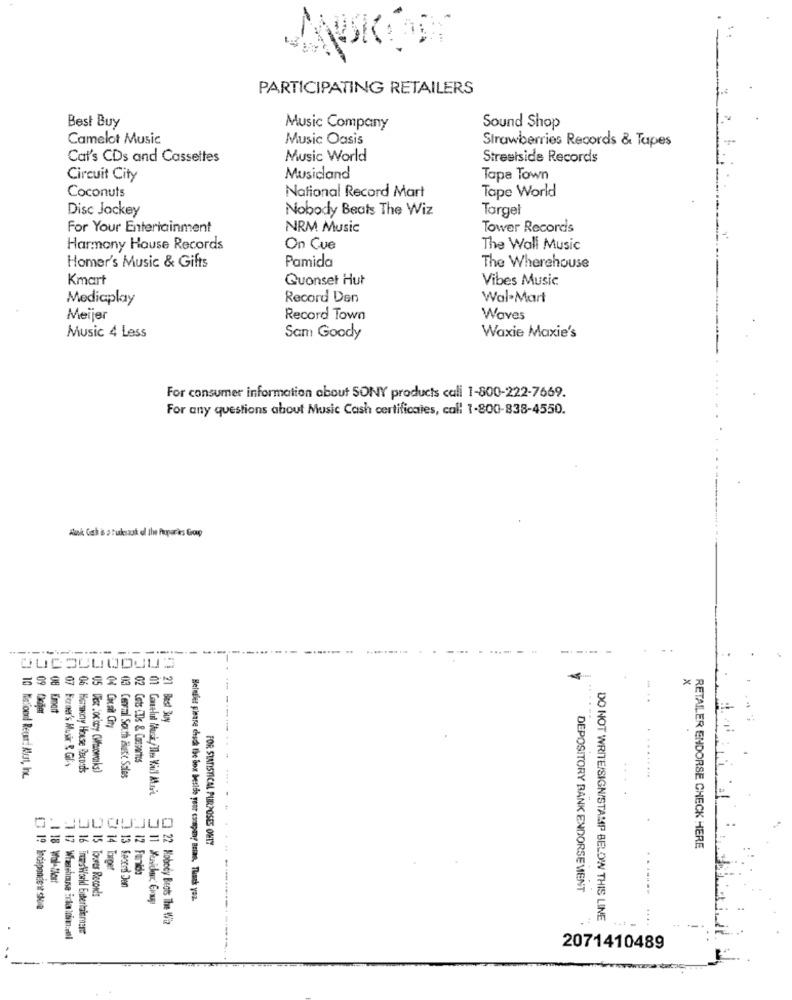
PARTICIPATING RETAILERS
Best Buy
Music Company
Sound Shop
Camelot Music
Music Oasis
Strawberries Records & Tapes
Cal's CDs and Cassettes
Music World
Streetside Records
Circuit City
Musicland
Tapa Town
Coconuts
National Record Mart
Tape World
Disc Jockey
Nobody Beats The Wiz
Target
For Your Entertainment
NRM Music
Tower Records
Harmony Hause Records
On Cue
The Wall Music
Pamida
Homer's Music & Gifts
The Wherehouse
Kmart
Quonset Hut
Vibes Music
Mediaplay
Record Den
Wal-Mart
Meijer
Record Town
Waves
Music 4 Less
Sam Goody
Waxie Maxie's
For consumer information about SONY products call 1-800-222-7669.
For any questions about Music Cash certificates, call 1-800-838-4550.
×
!" 21 Best Buy
9
02 Cots CDs & Com portes
Forae's Musir R. Gif
06 Hersky House Records
10 Necoenl Recer! Mot, Inc.
03 Ceneml South äuse Sales
JUO
JUCI
FOR STATISTICAL PURPOSES ONLY
RETAILER ENDORSE CHECK HERE
14 Tanger
12 Fornido
. 1 18 Wol-flor!
13 Record Den
15 Toores Records
DEPOSITORY BANK ENDORSEMENT
Beledier gieare chsch the box beside your company Brian, Thank you.
[ 19 Independer slova
22 Nobody Beats The Wia
DO NOT WRITE/SIGN/STAMP BELOW THIS LINE
3 16 TruesWorld Entertainment
2071410489